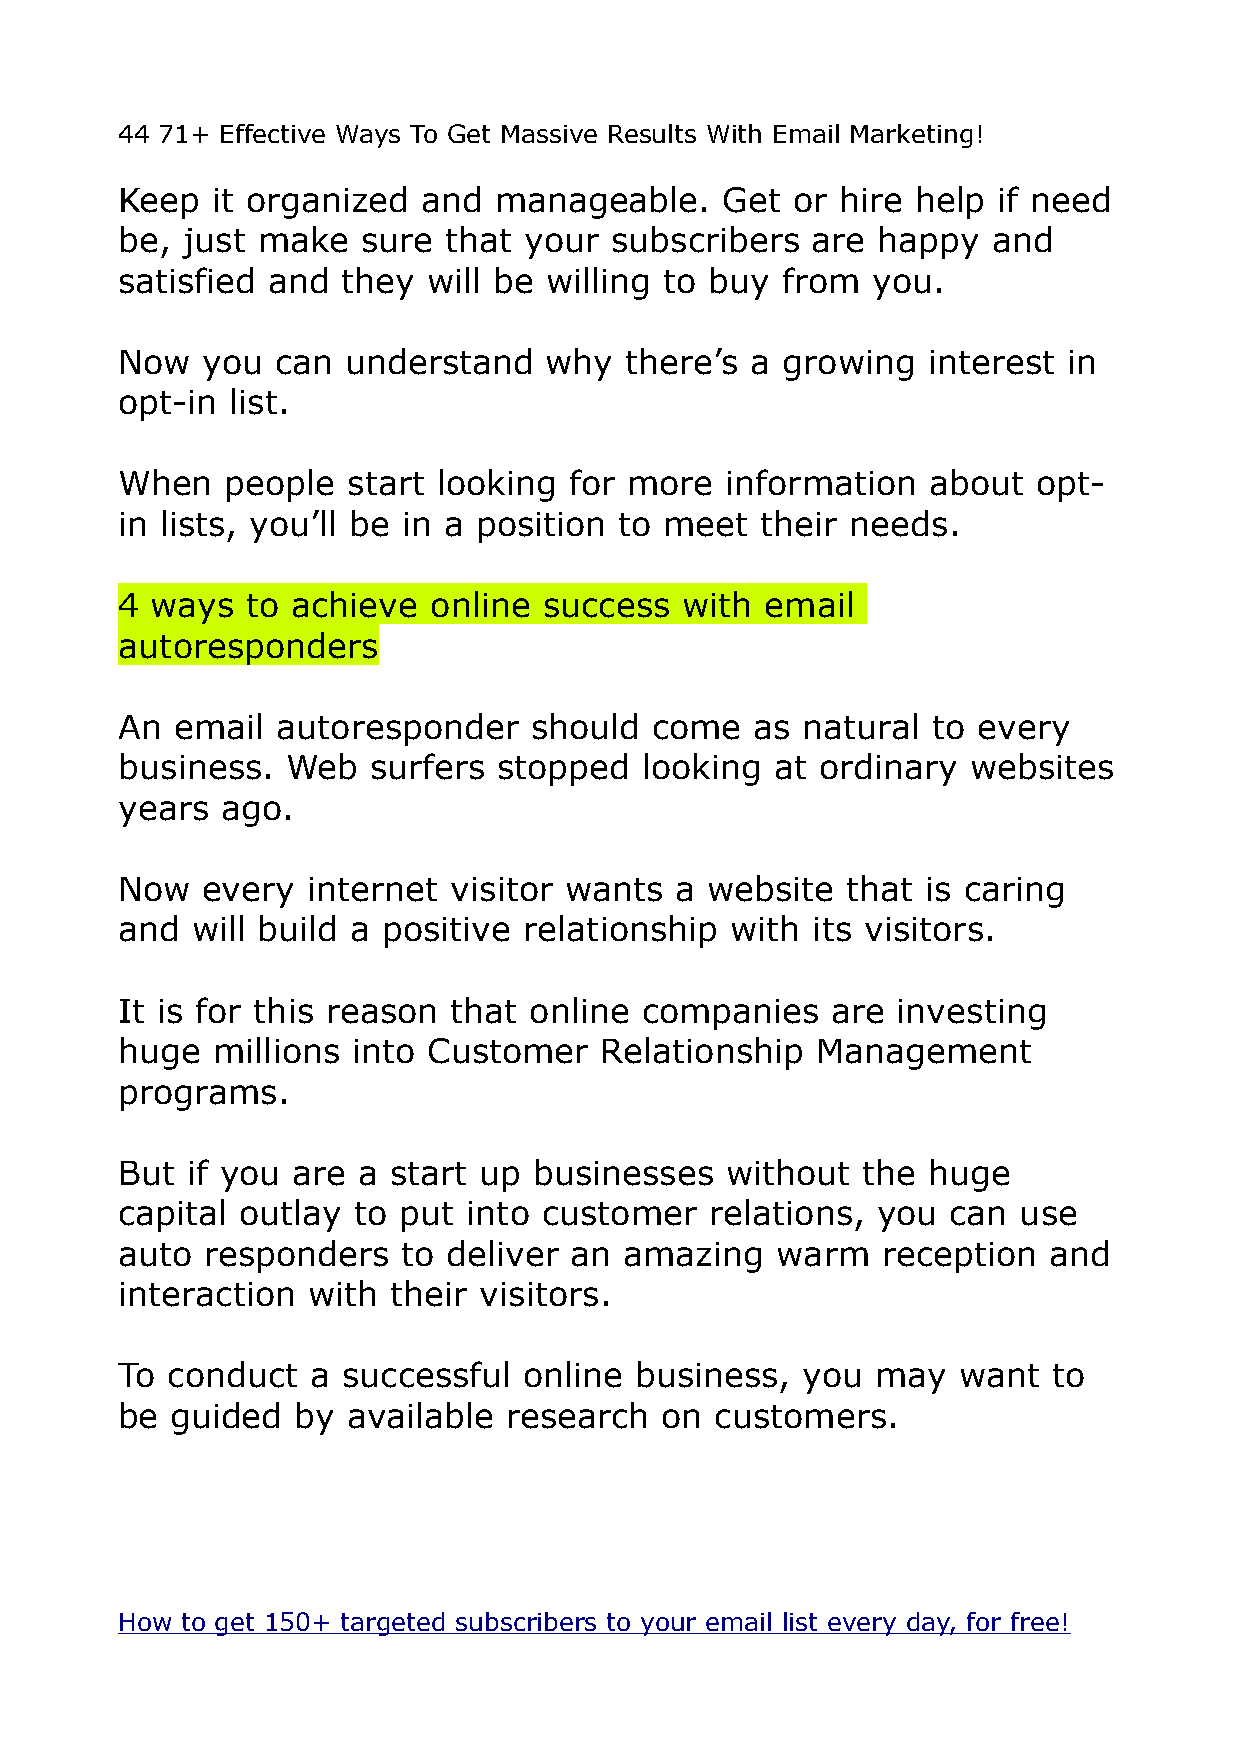
44 71+ Effective Ways To Get Massive Results With Email Marketing!
 Keep  it organized  and  manageable.    Get  or hire help if need
 be, just make   sure that  your subscribers   are happy   and
 satisfied and  they will be willing to buy  from  you.
 Now  you  can  understand   why  there’s  a growing  interest  in
 opt-in list.
 When   people  start looking  for more  information   about  opt-
 in lists, you’ll be in a position to meet their needs.
 4 ways  to achieve  online  success  with  email
 autoresponders
 An  email autoresponder    should  come   as natural  to every
 business.  Web  surfers  stopped  looking  at ordinary  websites
 years  ago.
 Now  every  internet  visitor wants  a website  that is caring
 and  will build a positive relationship with  its visitors.
 It is for this reason that online companies    are investing
 huge  millions into Customer    Relationship  Management
 programs.
 But if you are  a start up businesses   without  the huge
 capital outlay to put  into customer   relations, you  can use
 auto  responders   to deliver an amazing   warm   reception  and
 interaction with  their visitors.
 To conduct   a successful  online business,  you  may  want   to
 be guided   by available research   on customers.
 How to get 150+ targeted subscribers to your email list every day, for free!